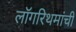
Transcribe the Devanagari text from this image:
लॉगरिथमांची